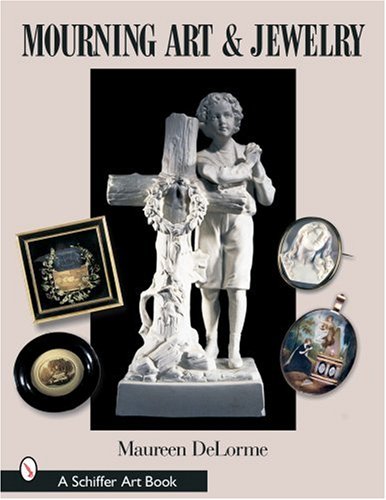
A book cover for Mourning Art & Jewelry (Schiffer Art Books); Maureen Delorme; Crafts, Hobbies & Home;